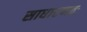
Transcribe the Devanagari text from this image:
साधारणतः